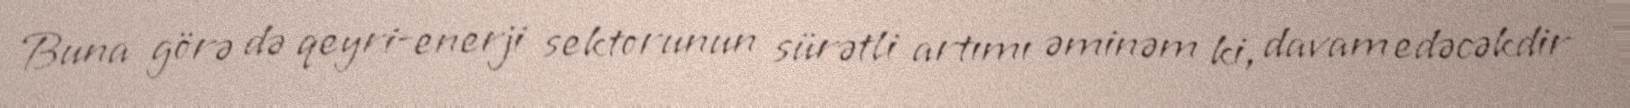
Buna görə də qeyri-enerji sektorunun sürətli artımı əminəm ki, davam edəcəkdir